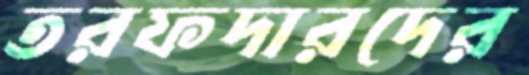
তরফদারদের